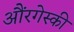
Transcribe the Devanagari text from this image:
औंरगेस्की